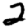
Digit: 2